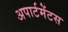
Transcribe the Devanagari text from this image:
अपार्टमेंटस